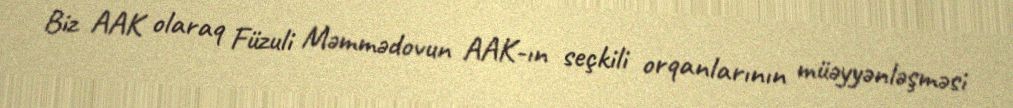
Biz AAK olaraq Füzuli Məmmədovun AAK-ın seçkili orqanlarının müəyyənləşməsi